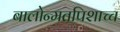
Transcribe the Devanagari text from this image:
बालोन्मतपिशाच्च